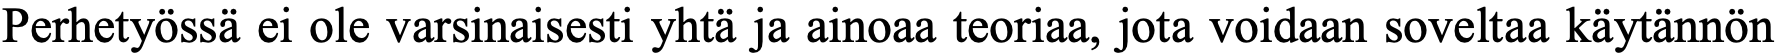
Perhetyössä ei ole varsinaisesti yhtä ja ainoaa teoriaa, jota voidaan soveltaa käytännön